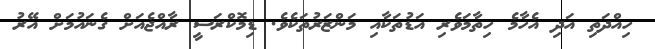
ހިއްދަތި އަދި އެހާމެ ހިތާމަވެރި އަޑުތަކާއި މަންޒަރުތަކެވެ. ޑިމޮކްރަސީ ރާއްޖެއަށް ގެނައުމަށް އޭރު